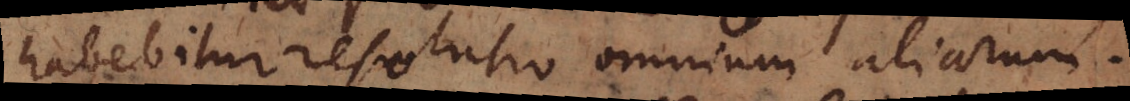
habebitur resolutio omnium aliarum.